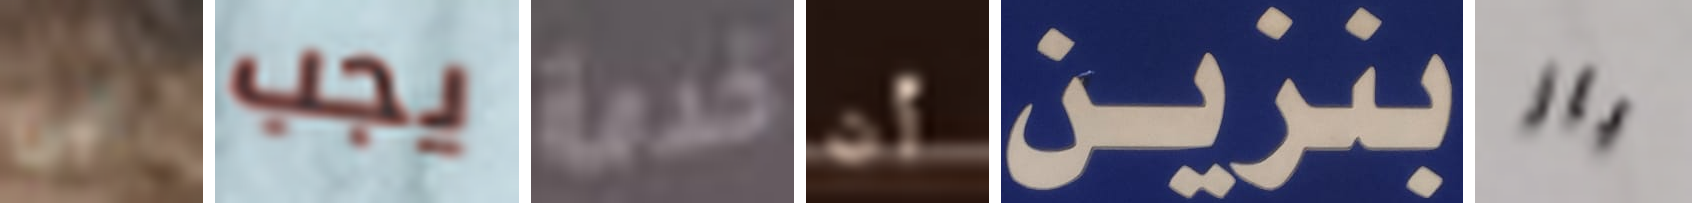
الى يجب خدمة أن بنزين باز